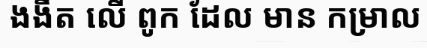
ងងឹត លើ ពូក ដែល មាន កម្រាល